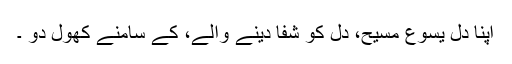
اپنا دل یسوع مسیح، دل کو شفا دینے والے، کے سامنے کھول دو ۔